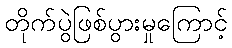
တိုက်ပွဲဖြစ်ပွားမှုကြောင့်